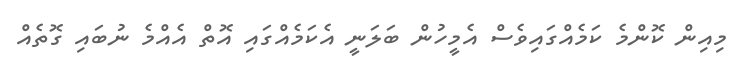
މިއިން ކޮންމެ ކަމެއްގައިވެސް އެމީހުން ބަލަނީ އެކަމެއްގައި އޮތް އެއްމެ ނުބައި ގޮތެއް